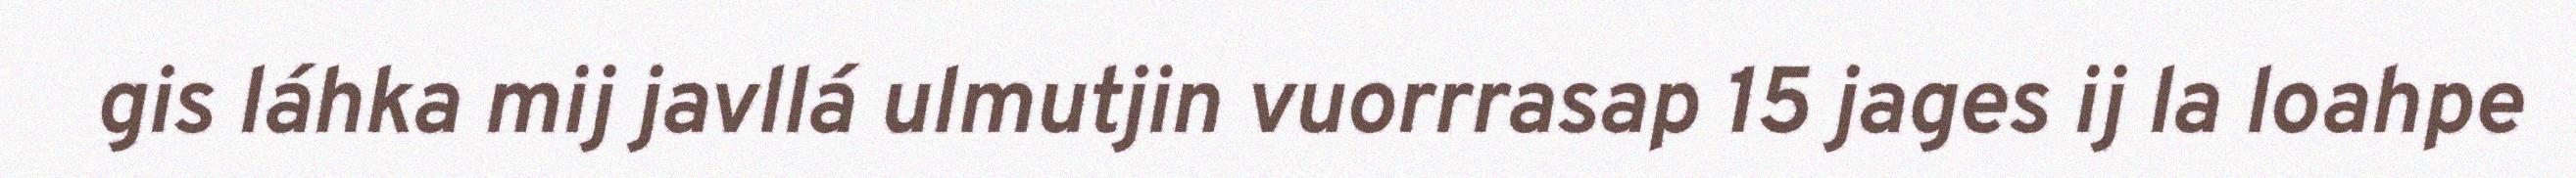
gis láhka mij javllá ulmutjin vuorrrasap 15 jages ij la loahpe